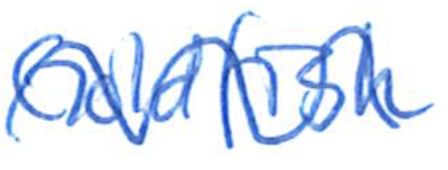
Text: Goldfish
Cross-out: mix
Writing tool: ballpoint